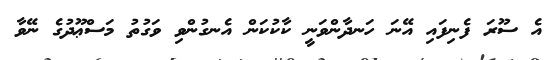
އެ ސޫރަ ފެނިފައި އޭނަ ހަނދާންވަނީ ކާކުކަން އެނގުންވި ވަގުތު މަސްޢޫދުގެ ނޭވާ